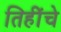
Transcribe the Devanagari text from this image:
तिहींचे